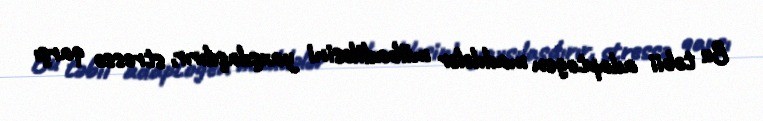
Bu təbii adaptogen maddələr mübadiləsini yaxşılaşdırır, stressə qarşı